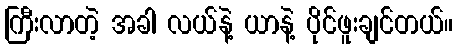
ကြီးလာတဲ့ အခါ လယ်နဲ့ ယာနဲ့ ပိုင်ဖူးချင်တယ်။